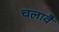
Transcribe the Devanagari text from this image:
चलावै